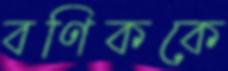
বণিককে